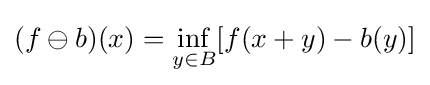
(f\ominus b)(x)=\inf _{y\in B}[f(x+y)-b(y)]